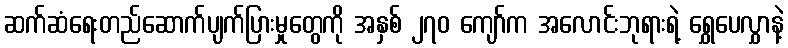
ဆက်ဆံရေးတည်ဆောက်ပျက်ပြားမှုတွေကို အနှစ် ၂၇၀ ကျော်က အလောင်းဘုရားရဲ့ ရွှေပေလွှာနဲ့